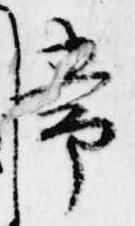
常